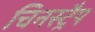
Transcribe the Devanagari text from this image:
चिनस्ट्रैप